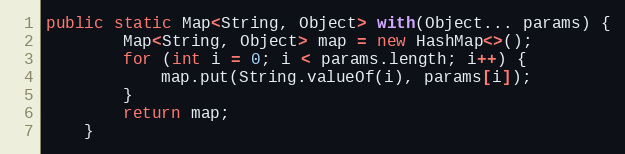
Language: Java
public static Map<String, Object> with(Object... params) {
        Map<String, Object> map = new HashMap<>();
        for (int i = 0; i < params.length; i++) {
            map.put(String.valueOf(i), params[i]);
        }
        return map;
    }